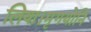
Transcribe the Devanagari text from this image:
लिया।मृगयोनि